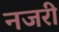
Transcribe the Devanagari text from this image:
नजरी